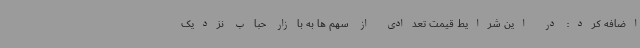
اضافه کرد: در این شرایط قیمت تعدادی از سهم ها به بازار حباب نزدیک